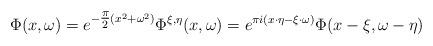
LaTeX: \begin{align*}\Phi(x,\omega) = e^{-\tfrac{\pi}{2} (x^2+\omega^2)} \Phi^{\xi,\eta}(x,\omega) = e^{\pi i (x \cdot \eta - \xi \cdot \omega)} \Phi(x-\xi, \omega - \eta)\end{align*}